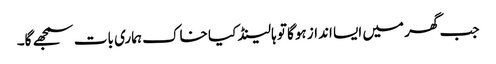
جب گھر میں ایسا انداز ہوگا تو ہالینڈ کیا خاک ہماری بات سمجھے گا۔